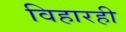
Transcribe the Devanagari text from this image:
विहारही